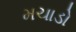
મચાડો